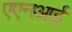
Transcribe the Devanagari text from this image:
एएनआई